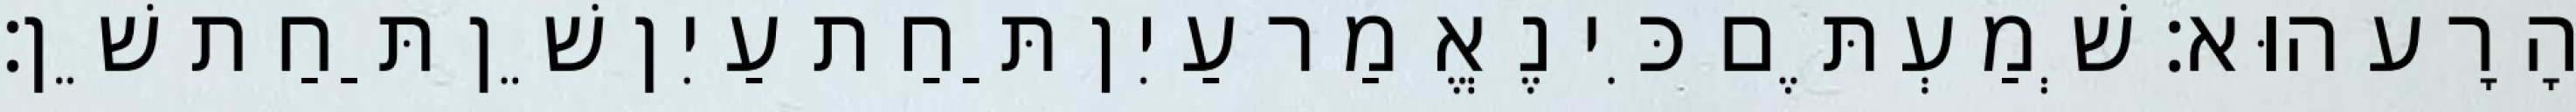
הָרָע הוּא׃ שְׁמַעְתֶּם כִּי נֶאֱמַר עַיִן תַּחַת עַיִן שֵׁן תַּחַת שֵׁן׃